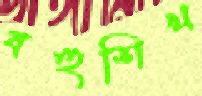
বহুশিখ